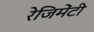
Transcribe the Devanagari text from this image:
रेजिमेंटी